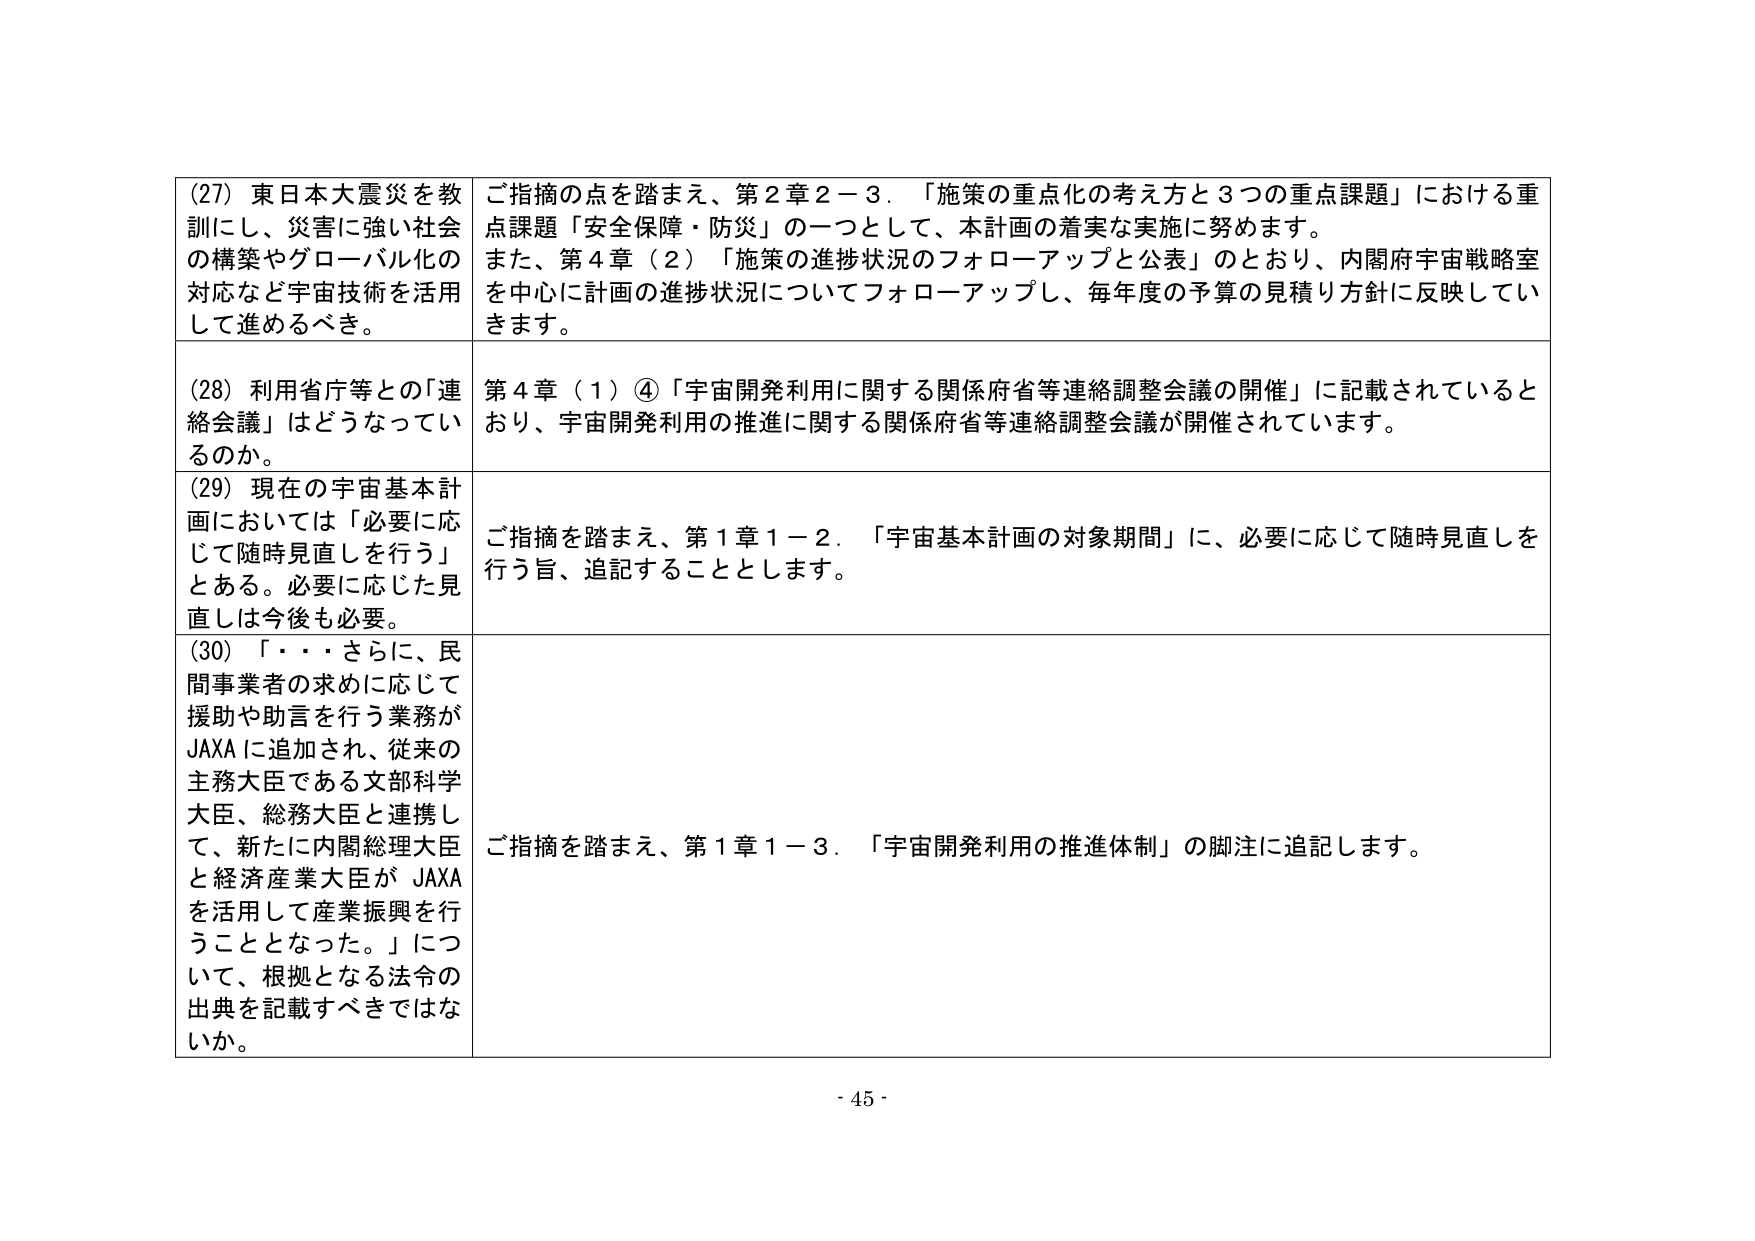
(27) 東日本大震災を教訓にし、災害に強い社会の構築やグローバル化の対応など宇宙技術を活用して進めるべき。

ご指摘の点を踏まえ、第2章2－3．「施策の重点化の考え方と3つの重点課題」における重点課題「安全保障・防災」の一つとして、本計画の着実な実施に努めます。また、第4章（2）「施策の進捗状況のフォローアップと公表」のとおり、内閣府宇宙戦略室を中心に計画の進捗状況についてフォローアップし、毎年度の予算の見積り方針に反映していきます。

(28) 利用省庁等との「連絡会議」はどうなっているのか。

第4章（1）④「宇宙開発利用に関する関係府省等連絡調整会議の開催」に記載されているとおり、宇宙開発利用の推進に関する関係府省等連絡調整会議が開催されています。

(29) 現在の宇宙基本計画においては「必要に応じて随時見直しを行う」とある。必要に応じた見直しは今後も必要。

ご指摘を踏まえ、第1章1－2．「宇宙基本計画の対象期間」に、必要に応じて随時見直しを行う旨、追記することとします。

(30) 「・・・さらに、民間事業者の求めに応じて援助や助言を行う業務がJAXAに追加され、従来の主務大臣である文部科学大臣、総務大臣と連携して、新たに内閣総理大臣と経済産業大臣がJAXAを活用して産業振興を行うこととなった。」について、根拠となる法令の出典を記載すべきではないか。

ご指摘を踏まえ、第1章1－3．「宇宙開発利用の推進体制」の脚注に追記します。

- 45 -